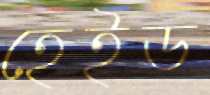
হেইড